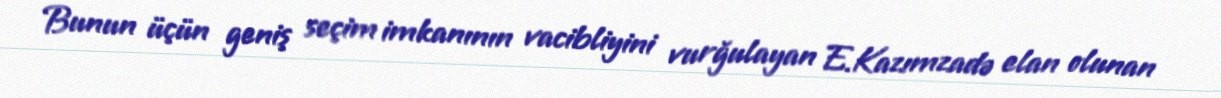
Bunun üçün geniş seçim imkanının vacibliyini vurğulayan E.Kazımzadə elan olunan